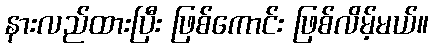
နားလည်ထားပြီး ဖြစ်ကောင်း ဖြစ်လိမ့်မယ်။